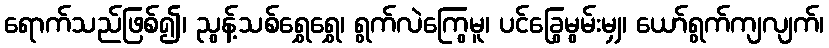
ရောက်သည်ဖြစ်၍၊ ညွန့်သစ်ရွှေရွှေ၊ ရွက်လဲကြွေမူ၊ ပင်ခြွေမွမ်းမျှ၊ ယော်ရွက်ကျလျက်၊